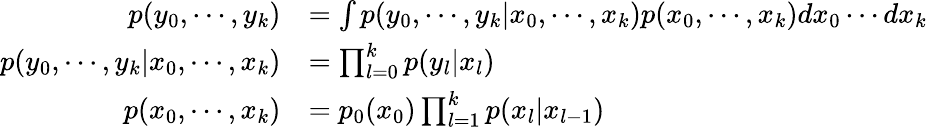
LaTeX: {\begin{array}{rl}{p(y_{0},\cdots,y_{k})}&{=\int p(y_{0},\cdots,y_{k}|x_{0},\cdots,x_{k})p(x_{0},\cdots,x_{k})dx_{0}\cdots dx_{k}}\\ {p(y_{0},\cdots,y_{k}|x_{0},\cdots,x_{k})}&{=\prod_{l=0}^{k}p(y_{l}|x_{l})}\\ {p(x_{0},\cdots,x_{k})}&{=p_{0}(x_{0})\prod_{l=1}^{k}p(x_{l}|x_{l-1})}\end{array}}